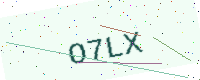
Text: O7LX